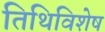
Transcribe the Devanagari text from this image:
तिथिविशेष